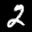
Label: 2